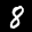
Label: 8